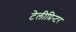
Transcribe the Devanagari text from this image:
टेलीप्रिन्टर